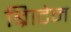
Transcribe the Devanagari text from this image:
ब्रिाटेन